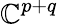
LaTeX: \mathbb{C}^{p+q}